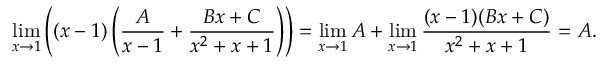
\operatorname* { l i m } _ { x \to 1 } \left( ( x - 1 ) \left( { \frac { A } { x - 1 } } + { \frac { B x + C } { x ^ { 2 } + x + 1 } } \right) \right) = \operatorname* { l i m } _ { x \to 1 } A + \operatorname* { l i m } _ { x \to 1 } { \frac { ( x - 1 ) ( B x + C ) } { x ^ { 2 } + x + 1 } } = A .